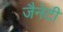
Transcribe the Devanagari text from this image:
जैनेटी